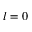
l = 0